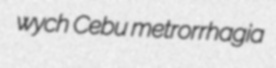
wych Cebu metrorrhagia